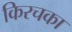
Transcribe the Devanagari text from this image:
किरचका